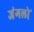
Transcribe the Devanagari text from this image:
जंगलोॱ